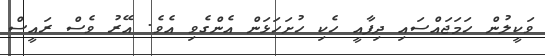
ވަކީލުން ހަމަޖައްސައި ދިފާއީ ހެކި ހުށަހަޅަން އެންގެވި އެވެ. އޭރު ވެސް ރައީސް